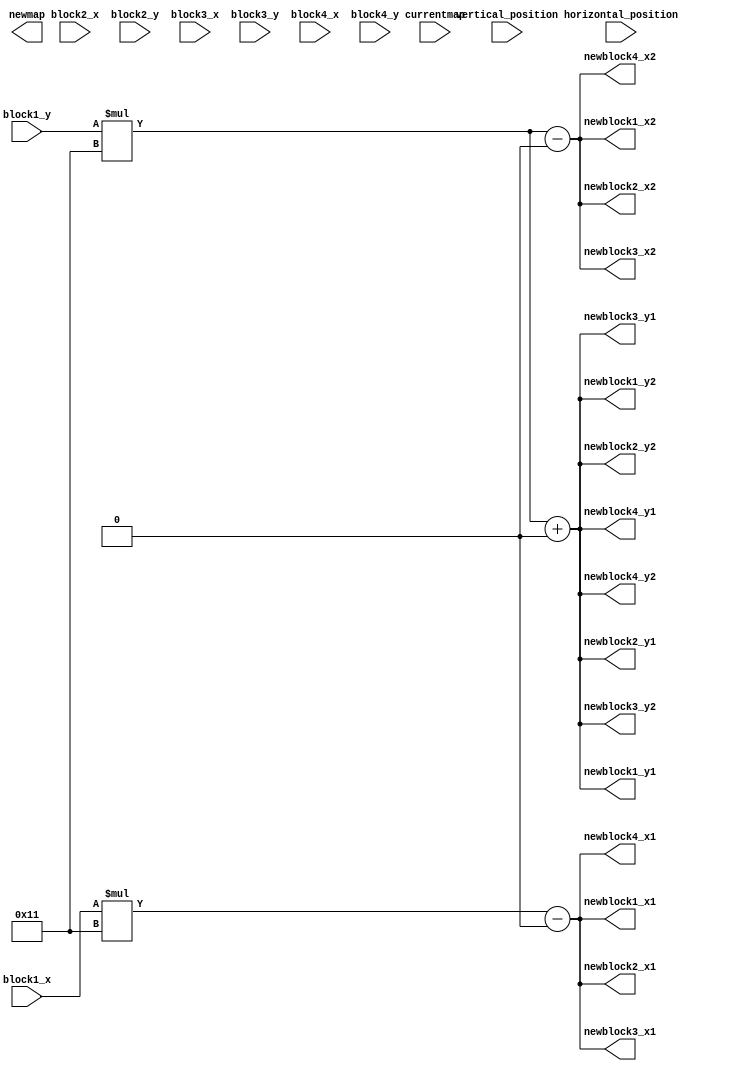
`timescale 1ns / 1ps
//////////////////////////////////////////////////////////////////////////////////
// Company: 
// Engineer: 
// 
// Design Name: 
// Module Name: VGA_Control
// Project Name: 
// Target Devices: 
// Tool Versions: 
// Description: 
// 
// Dependencies: 
// 
// Revision:
// Revision 0.01 - File Created
// Additional Comments:
// 
//////////////////////////////////////////////////////////////////////////////////



module VGA_Control(
    input block1_x,
    input block1_y,
    input block2_x,
    input block2_y,
    input block3_x,
    input block3_y,
    input block4_x,
    input block4_y,
    input currentmap,
    input wire horizontal_position,
    input wire vertical_position,
    output reg newblock1_x1,
    output reg newblock1_x2,
    output reg newblock1_y1,
    output reg newblock1_y2,
    output reg newblock2_x1,
    output reg newblock2_x2,
    output reg newblock2_y1,
    output reg newblock2_y2,
    output reg newblock3_x1,
    output reg newblock3_x2,
    output reg newblock3_y1,
    output reg newblock3_y2,
    output reg newblock4_x1,
    output reg newblock4_x2,
    output reg newblock4_y1,
    output reg newblock4_y2,
    output newmap
    );
    
    parameter block_width = 17;
    parameter block_rad = 8;
    reg [3:0] VGA_R;
    reg [3:0] VGA_G;
    reg [3:0] VGA_B;
    reg map_bottomleftx;
    reg map_bottomlefty;
    reg map_topleftx;
    reg map_toplefty;
    integer i;
    integer w;
    
//block 1     
    
    always @ (*) begin
        newblock1_x1 = (block1_x*17)-8;
        newblock1_x2 = (block1_y*17)-8;
        newblock1_y1 = (block1_y*17)+8;
        newblock1_y2 = (block1_y*17)+8;
    end
    always @ (*)
    if (horizontal_position > newblock1_x1 && horizontal_position < newblock1_x2 && vertical_position > newblock1_y1 && vertical_position > newblock1_y2) begin    
       VGA_R <= 8;
       VGA_G <= 8;
       VGA_B <= 8;
    end
    else begin
        VGA_R <= 0;
         VGA_G = 8;
        VGA_B <=0;
    end 


    
//block 2
    always @ (*) begin
        newblock2_x1 = (block1_x*17)-8;
        newblock2_x2 = (block1_y*17)-8;
        newblock2_y1 = (block1_y*17)+8;
        newblock2_y2 = (block1_y*17)+8;
    end
    always @ (*)
    if (horizontal_position > newblock2_x1 && horizontal_position < newblock2_x2 && vertical_position > newblock2_y1 && vertical_position > newblock2_y2) begin    
       VGA_R <= 8;
       VGA_G <= 8;
       VGA_B <= 8;
    end
    else begin
        VGA_R <= 0;
        VGA_G = 8;
        VGA_B <=0;
    end 


//block 3

     always @ (*) begin
        newblock3_x1 = (block1_x*17)-8;
        newblock3_x2 = (block1_y*17)-8;
        newblock3_y1 = (block1_y*17)+8;
        newblock3_y2 = (block1_y*17)+8;
    end
    always @ (*)
    if (horizontal_position > newblock3_x1 && horizontal_position < newblock3_x2 && vertical_position > newblock3_y1 && vertical_position > newblock3_y2) begin    
       VGA_R <= 8;
       VGA_G <= 8;
       VGA_B <= 8;
    end
    else begin
        VGA_R <= 0;
        VGA_G = 8;
        VGA_B <=0;
    end 

//block 4
    always @ (*) begin
        newblock4_x1 = (block1_x*17)-8;
        newblock4_x2 = (block1_y*17)-8;
        newblock4_y1 = (block1_y*17)+8;
        newblock4_y2 = (block1_y*17)+8;
    end
    always @ (*)
    if (horizontal_position > newblock4_x1 && horizontal_position < newblock4_x2 && vertical_position > newblock4_y1 && vertical_position > newblock4_y2) begin    
       VGA_R <= 8;
       VGA_G <= 8;
       VGA_B <= 8;
    end
    else begin
        VGA_R <= 0;
        VGA_G = 8;
        VGA_B <=0;
    end 


//current map top half

    //always @ * begin
    //  for (i = 0; i < 199; i = i+1) begin
           
 
//current map bottom half
    
endmodule